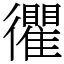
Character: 忂